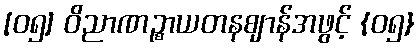
[၀၅] ဝိညာဏဉ္စာယတနဈာန်အဖွင့် {၀၅}